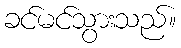
ခင်မင်သွားသည်။